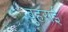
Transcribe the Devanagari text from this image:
बुहराई